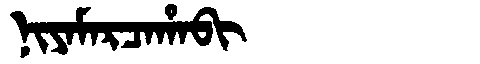
Manchu: ᠨᡳᠶᠠᠮᠠᡵᠴᠠᡥᠠᠪᡳ
Romanization: NIYAMARCAHABI